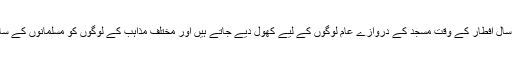
ریاست میریلینڈ کے شہر گیتھرز برگ میں ہر سال افطار کے وقت مسجد کے دروازے عام لوگوں کے لیے کھول دیے جاتے ہیں اور مختلف مذاہب کے لوگوں کو مسلمانوں کے ساتھ روزہ افطار کرنے کی دعوت دی جاتی ہے۔